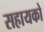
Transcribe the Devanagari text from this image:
सहायको